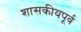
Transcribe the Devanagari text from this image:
शासकीयपूर्व